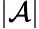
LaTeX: |{\mathcal{A}}|